Report on the administration of the Government Cinchona Department 1892-98
Year: 1892
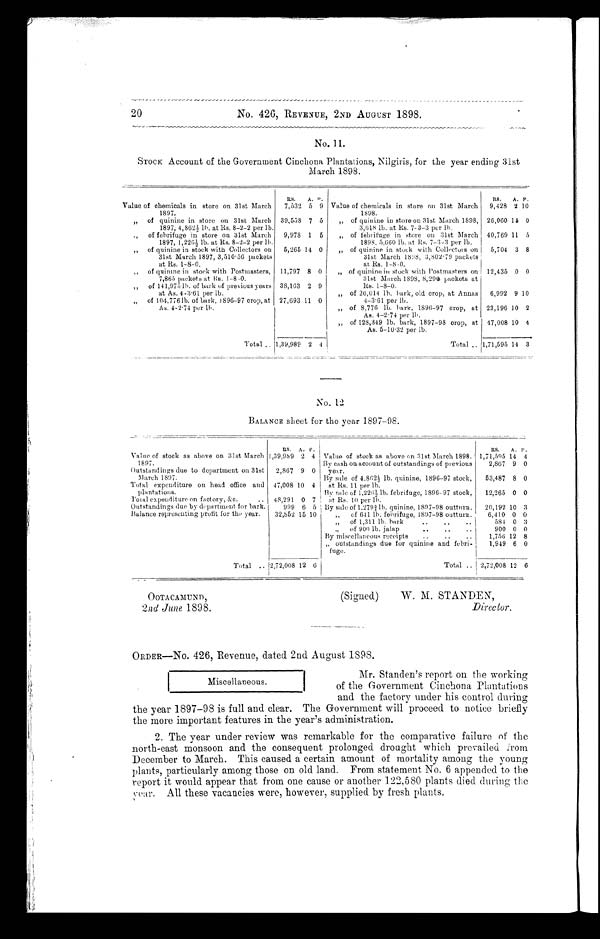
20
No. 426, REVENUE, 2ND AUGUST 1898.
No. 11.
STOCK Account of the Government Cinchona, Plantations, Nilgiris, for the year ending 31st
March 1898.
R s
A.
P
.
Rs
A. P.
Value of chemicals in store on 31st March
1897.
7,532 5 9 Value of chemicals in store on 31st March
1898.
9,428 2 10
„ of quinine in store on 31st March
1897, 4,862½ lb. at Rs. 8–2–2 per lb.
39,558 7 5
„ of quinine in store on 31st March 1898,
3,618 lb. at Rs. 7–3–3 per lb.
26,060 14 0
of febrifuge in store on 31st March
1897, 1,226½ lb. at Rs. 8-2–2 per lb.
9,978 1 5
„ of febrifuge in store on :31st March
1898, 5,660 lb. at Rs. 7–3–3 per lb.
40,769 11 5
„ of quinine in stock with Collectors on
31st March 1897, 3,510–56 packets
at Rs. 1–8–0.
5,265 14 0
„ of quinine in stock with Collectors on
31st March 1898, 3,802 . 79 packets
at Rs. 1–8–0.
5,704 3 8
„ of quinine in stock with Postmasters,
7,865 packets at Rs. 1–8–0.
11,797 8 0
„ of quinine in stock with Postmasters on
31st March 1898, 8,2911 packets at
Rs. 1–8–0.
12,435 0 0
„ of 141,975 lb. of bark of previous years
at As. 4–3 . 61 per lb.
38,163 2 9
„ of 26,014 lb vrk, old crop, at Annas
4-3.61 per lb.
6,992 9 10
„ of 104,776 lb. of bark, 1896–97 crop, at
As. 4–2 . 74 per lb.
27,693 11 0
„ of 8,776 lb. bark, 1896-97 crop, at
As. 4–2 . 74 per lb.
23,196 10 2
„ of 128,349 lb. bark, 1897–98 crop, at
As. 5–10 . 32 per lb.
47,008 10 4
Total .. 1,39,989 2 4
Total .. 1,71,595 14 3
No. 12
BALANCE sheet for the year 1897–98.
RS. A. P
RS.
A. P.
Value of stock as above on 31st March
1897.
1,39,989 2 4 Value of stock as above on 31st March 1898. 1,71,595 14 4
By cash on account of outstandings of previous
year.
2,867 9 0
Outstandings due to department on 31st
March 1897.
2,867 9 0
By sale of 4.862½ lb. quinine, 1896-97 stock,
at Rs. 11 per lb.
53,487 8 0
Total expenditure on head office and
plantations.
47,008 10 4
By sale of 1,226; lb. febrifuge, 1896–97 stock,
at Rs. 10 per lb.
12,265 0 0
Total expenditure on factory, &c .
48,291 0 7
Out standings due by department for bark.
999 6 5' By sale of 1.279¾ lb. quinine, 1897–98 outturn.
20,192 10 3
Balance representing profit for the year.
32,852 15 10
„ of 641 lb. febrifuge, 1897–98 outturn.
6,410 0 0
Total ..
12,72,008 12 6
„ of 1,311 lb. bark .. .. ..
584 0 3
„ of 900 lb. jalap .. .. ..
900 0 0
By miscellaneous receipts .. .. ..
1,756 12 8
„ outstandings due for quinine and febr
ifuge.
1,949 6 0
Total .. 2,72,008 12 6
OOTACAMUND,
(Signed)
W. M. STANDEN,
2nd June 1898.
Director.
ORDER-NO. 426, Revenue, dated 2nd August 1898.
Mr. Standen's report on the working
of the Government Cinchona Plantations
and the factory under his control during
the year 1897–98 is full and clear. The Government will proceed to notice briefly
the more important features in the year's administration.
2. The year under review was remarkable for the comparative failure of the
north-east monsoon and the consequent prolonged drought which prevailed from
December to March. This caused a certain amount of mortality among the young
plants, particularly among those on old land. From statement No. 6 appended to the
report it would appear that from one cause or another 122,580 plants died during the
year. All these vacancies were, however, supplied by fresh plants.
Miscellaneous.